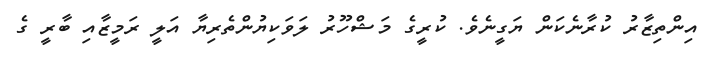
އިންތިޒާރު ކުރާނެކަން ޔަގީނެވެ. ކުރީގެ މަޝްހޫރު ލަވަކިޔުންތެރިޔާ އަލީ ރަމީޒާއި ބާރީ ގެ